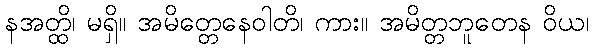
နအတ္ထိ၊ မရှိ။ အမိတ္တေနေဝါတိ၊ ကား။ အမိတ္တဘူတေန ဝိယ၊